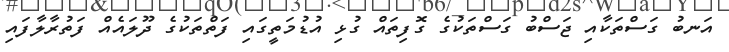
އަނބު ގަސްތަކާއި ޖަސްބު ގަސްތަކުގެ ގޮފިތައް ގުޅި އުޑުމަތީގައި ފަތްތަކުގެ ދޫލައެއް ފަތުރާލާފައި